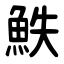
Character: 䱃